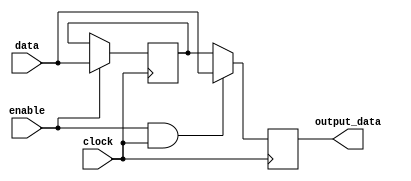
module data_enable_latch(
    input data,
    input enable,
    input clock,
    output reg output_data
);

reg d_ff;
wire and_gate_output;
wire mux_output;

// D flip-flop to store the data signal
always @(posedge clock)
begin
    if(enable)
        d_ff <= data;
end

// AND gate to combine the enable signal and clock signal
assign and_gate_output = enable & clock;

// Mux to select between the data signal and the output of the D flip-flop
assign mux_output = and_gate_output ? data : d_ff;

// Update the output data signal
always @(posedge clock)
begin
    output_data <= mux_output;
end

endmodule